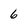
Character: 6